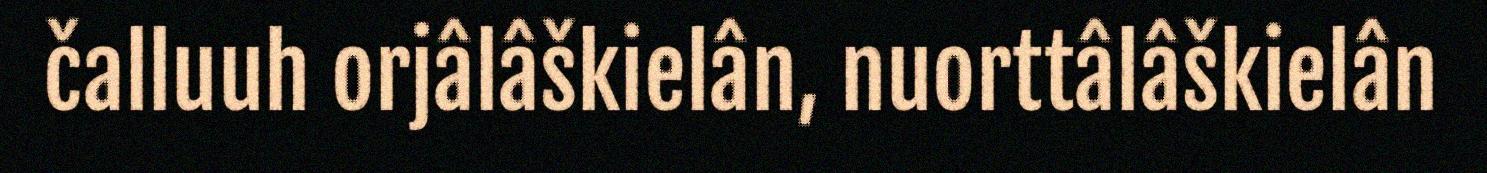
čalluuh orjâlâškielân, nuorttâlâškielân